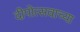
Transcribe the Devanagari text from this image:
दीपोत्सवाच्या